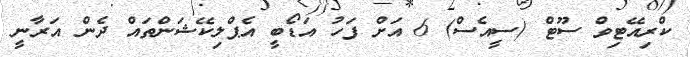
ކްރިއޭޓިވް ސޫޓް (ސީއެސް) 6 އަށް ފަހު އަޑޯބީ އެޕްލިކޭޝަންތައް ދެން އަރާނީ